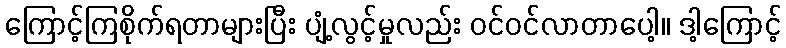
ကြောင့်ကြစိုက်ရတာများပြီး ပျံ့လွင့်မှုလည်း ဝင်ဝင်လာတာပေါ့။ ဒါ့ကြောင့်